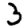
Digit: 3